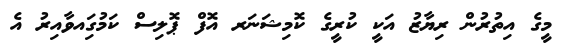
މީގެ އިތުރުން ރިޔާޒު އަކީ ކުރީގެ ކޮމިޝަނަރ އޮފް ޕޮލިސް ކަމުގަިއވާއިރު އެ